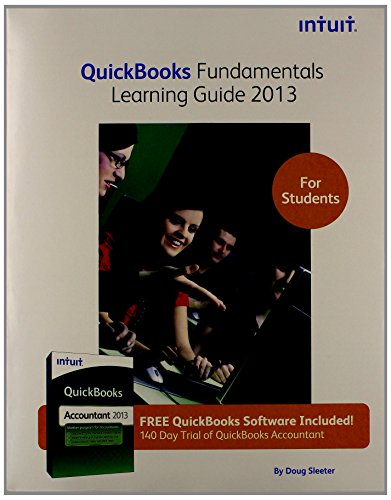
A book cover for QuickBooks Fundamentals Learning Guide 2013 for Students; Author; Computers & Technology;